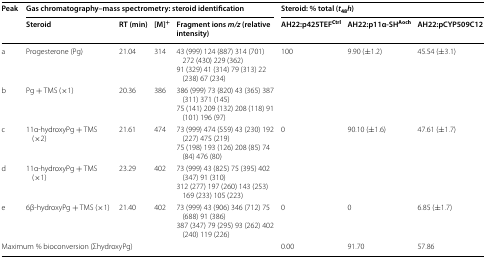
| <ROWSPAN=2> Peak | <COLSPAN=4> Gas chromatography–mass spectrometry: steroid identification | <COLSPAN=3> Steroid: % total (t48h) |
 | Steroid | RT (min) | [M]+ | Fragment ions m/z (relative intensity) | AH22:p425TEFCtrl | AH22:p11α-SHAoch | AH22:pCYP509C12 |
 | --- | --- | --- | --- | --- | --- | --- | --- |
 | a | Progesterone (Pg) | 21.04 | 314 | 43 (999) 124 (887) 314 (701) 272 (430) 229 (362)91 (329) 41 (314) 79 (313) 22 (238) 67 (234) | <ROWSPAN=2> 100 | <ROWSPAN=2> 9.90 (±1.2) | <ROWSPAN=2> 45.54 (±3.1) |
 | b | Pg + TMS (×1) | 20.36 | 386 | 386 (999) 73 (820) 43 (365) 387 (311) 371 (145)75 (141) 209 (132) 208 (118) 91 (101) 196 (97) |
 | c | 11α-hydroxyPg + TMS (×2) | 21.61 | 474 | 73 (999) 474 (559) 43 (230) 192 (227) 475 (219)75 (198) 193 (126) 208 (85) 74 (84) 476 (80) | <ROWSPAN=2> 0 | <ROWSPAN=2> 90.10 (±1.6) | <ROWSPAN=2> 47.61 (±1.7) |
 | d | 11α-hydroxyPg + TMS (×1) | 23.29 | 402 | 73 (999) 43 (825) 75 (395) 402 (347) 91 (310)312 (277) 197 (260) 143 (253) 169 (233) 105 (223) |
 | e | 6β-hydroxyPg + TMS (×1) | 21.40 | 402 | 73 (999) 43 (906) 346 (712) 75 (688) 91 (386)387 (347) 79 (295) 93 (262) 402 (240) 119 (226) | 0 | 0 | 6.85 (±1.7) |
 | <COLSPAN=5> Maximum % bioconversion (ΣhydroxyPg) | 0.00 | 91.70 | 57.86 |